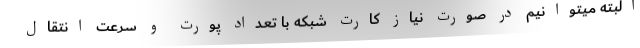
البته میتوانیم در صورت نیاز کارت شبکه با تعداد پورت و سرعت انتقال